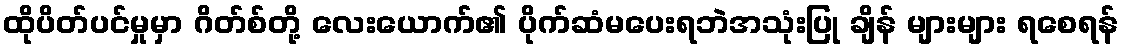
ထိုပိတ်ပင်မှုမှာ ဂိတ်စ်တို့ လေးယောက်၏ ပိုက်ဆံမပေးရဘဲအသုံးပြု ချိန် များများ ရစေရန်